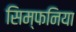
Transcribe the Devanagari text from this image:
सिम्फनिया